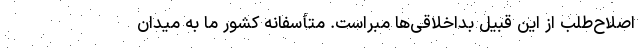
اصلاح‌طلب از این قبیل بداخلاقی‌ها مبراست. متأسفانه کشور ما به میدان